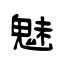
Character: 魅